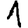
Digit: 1